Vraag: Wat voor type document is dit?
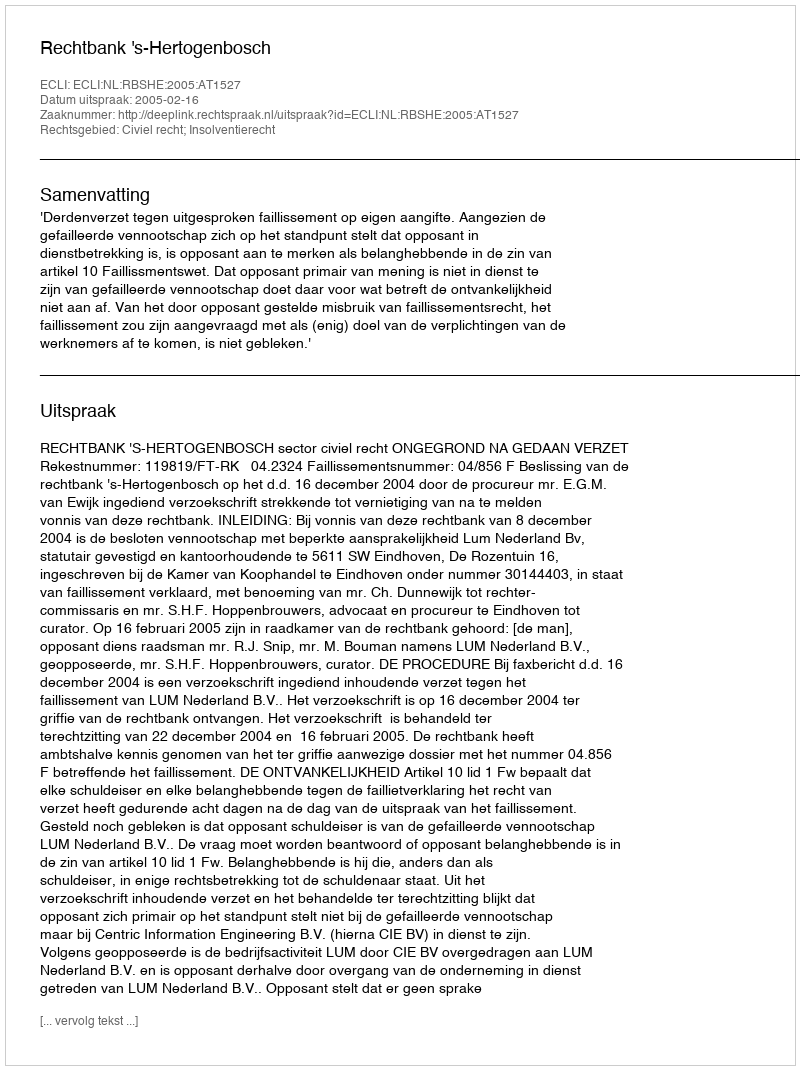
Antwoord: Uitspraak